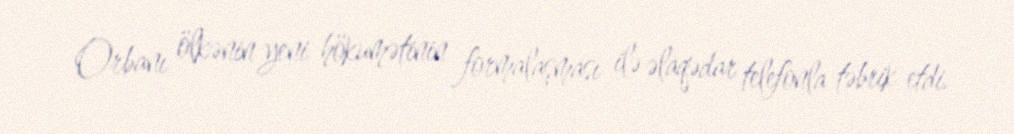
Orbanı ölkənin yeni hökumətinin formalaşması ilə əlaqədar telefonla təbrik etdi.